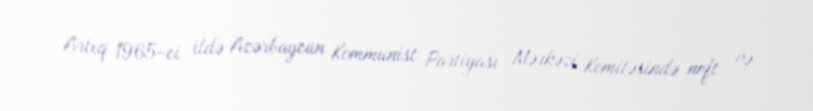
Artıq 1965-ci ildə Azərbaycan Kommunist Partiyası Mərkəzi Komitəsində neft və